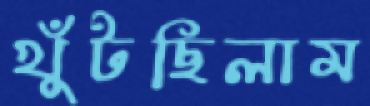
খুঁটছিলাম